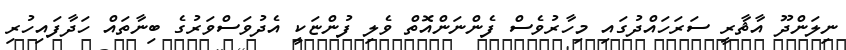
ނިލަންދޫ އާޘާރީ ސަރަހައްދުގައި މިހާރުވެސް ފެންނަންއޮތް ވެލި ފުންޏަކީ އެދުވަސްވަރުގެ ބިނާތައް ހަދާފައިހުރި